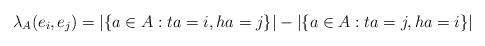
LaTeX: \begin{align*}\lambda_A(e_i,e_j) = \left|\{a \in A : ta=i, ha=j\}\right| - \left|\{a\in A : ta=j, ha=i\}\right|\end{align*}